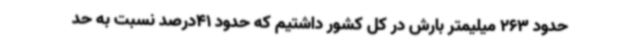
حدود 263 میلیمتر بارش در کل کشور داشتیم که حدود 41درصد نسبت به حد